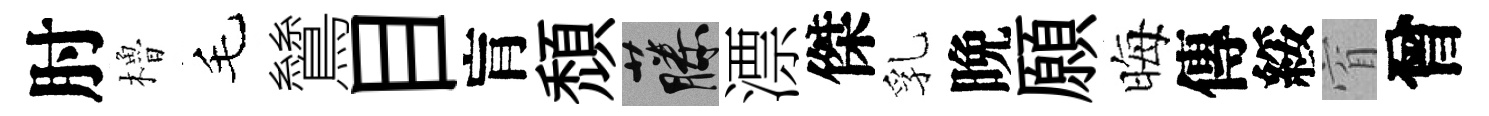
肘櫓毛鷥目肓頹藤漂傑乳晩願晦傳綏窅曾